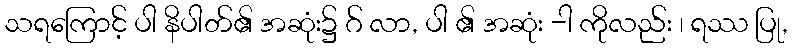
သရကြောင့် ပါ နိပါတ်၏ အဆုံး၌ ဂ် လာ, ပါ ၏ အဆုံး -ါ ကိုလည်း ၊ ရဿ ပြု,